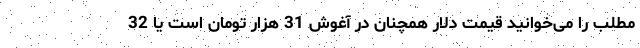
مطلب را می‌خوانید قیمت دلار همچنان در آغوش 31 هزار تومان است یا 32